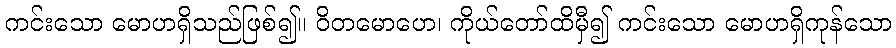
ကင်းသော မောဟရှိသည်ဖြစ်၍။ ဝိတမောဟေ၊ ကိုယ်တော်ထိမှီ၍ ကင်းသော မောဟရှိကုန်သော